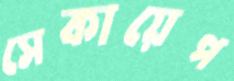
সেকায়েপ